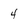
Character: 4